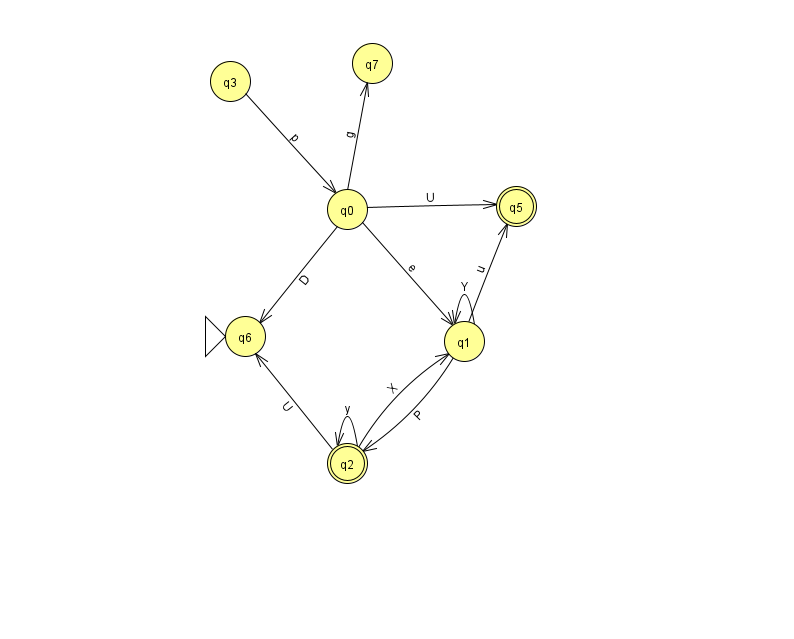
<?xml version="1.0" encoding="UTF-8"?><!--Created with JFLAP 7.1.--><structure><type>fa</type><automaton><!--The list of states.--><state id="0" name="q0"><x>347.0</x><y>196.0</y></state><state id="1" name="q1"><x>464.0</x><y>328.0</y></state><state id="2" name="q2"><x>347.0</x><y>450.0</y><final/></state><state id="3" name="q3"><x>230.0</x><y>68.0</y></state><state id="5" name="q5"><x>516.0</x><y>193.0</y><final/></state><state id="6" name="q6"><x>245.0</x><y>323.0</y><initial/></state><state id="7" name="q7"><x>372.0</x><y>50.0</y></state><!--The list of transitions.--><transition><from>2</from><to>6</to><read>U</read></transition><transition><from>3</from><to>0</to><read>p</read></transition><transition><from>1</from><to>2</to><read>P</read></transition><transition><from>1</from><to>5</to><read>u</read></transition><transition><from>0</from><to>1</to><read>e</read></transition><transition><from>1</from><to>1</to><read>Y</read></transition><transition><from>2</from><to>2</to><read>y</read></transition><transition><from>0</from><to>5</to><read>U</read></transition><transition><from>0</from><to>6</to><read>D</read></transition><transition><from>2</from><to>1</to><read>X</read></transition><transition><from>0</from><to>7</to><read>g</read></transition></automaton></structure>